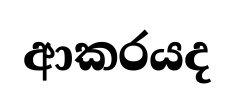
ආකරයද